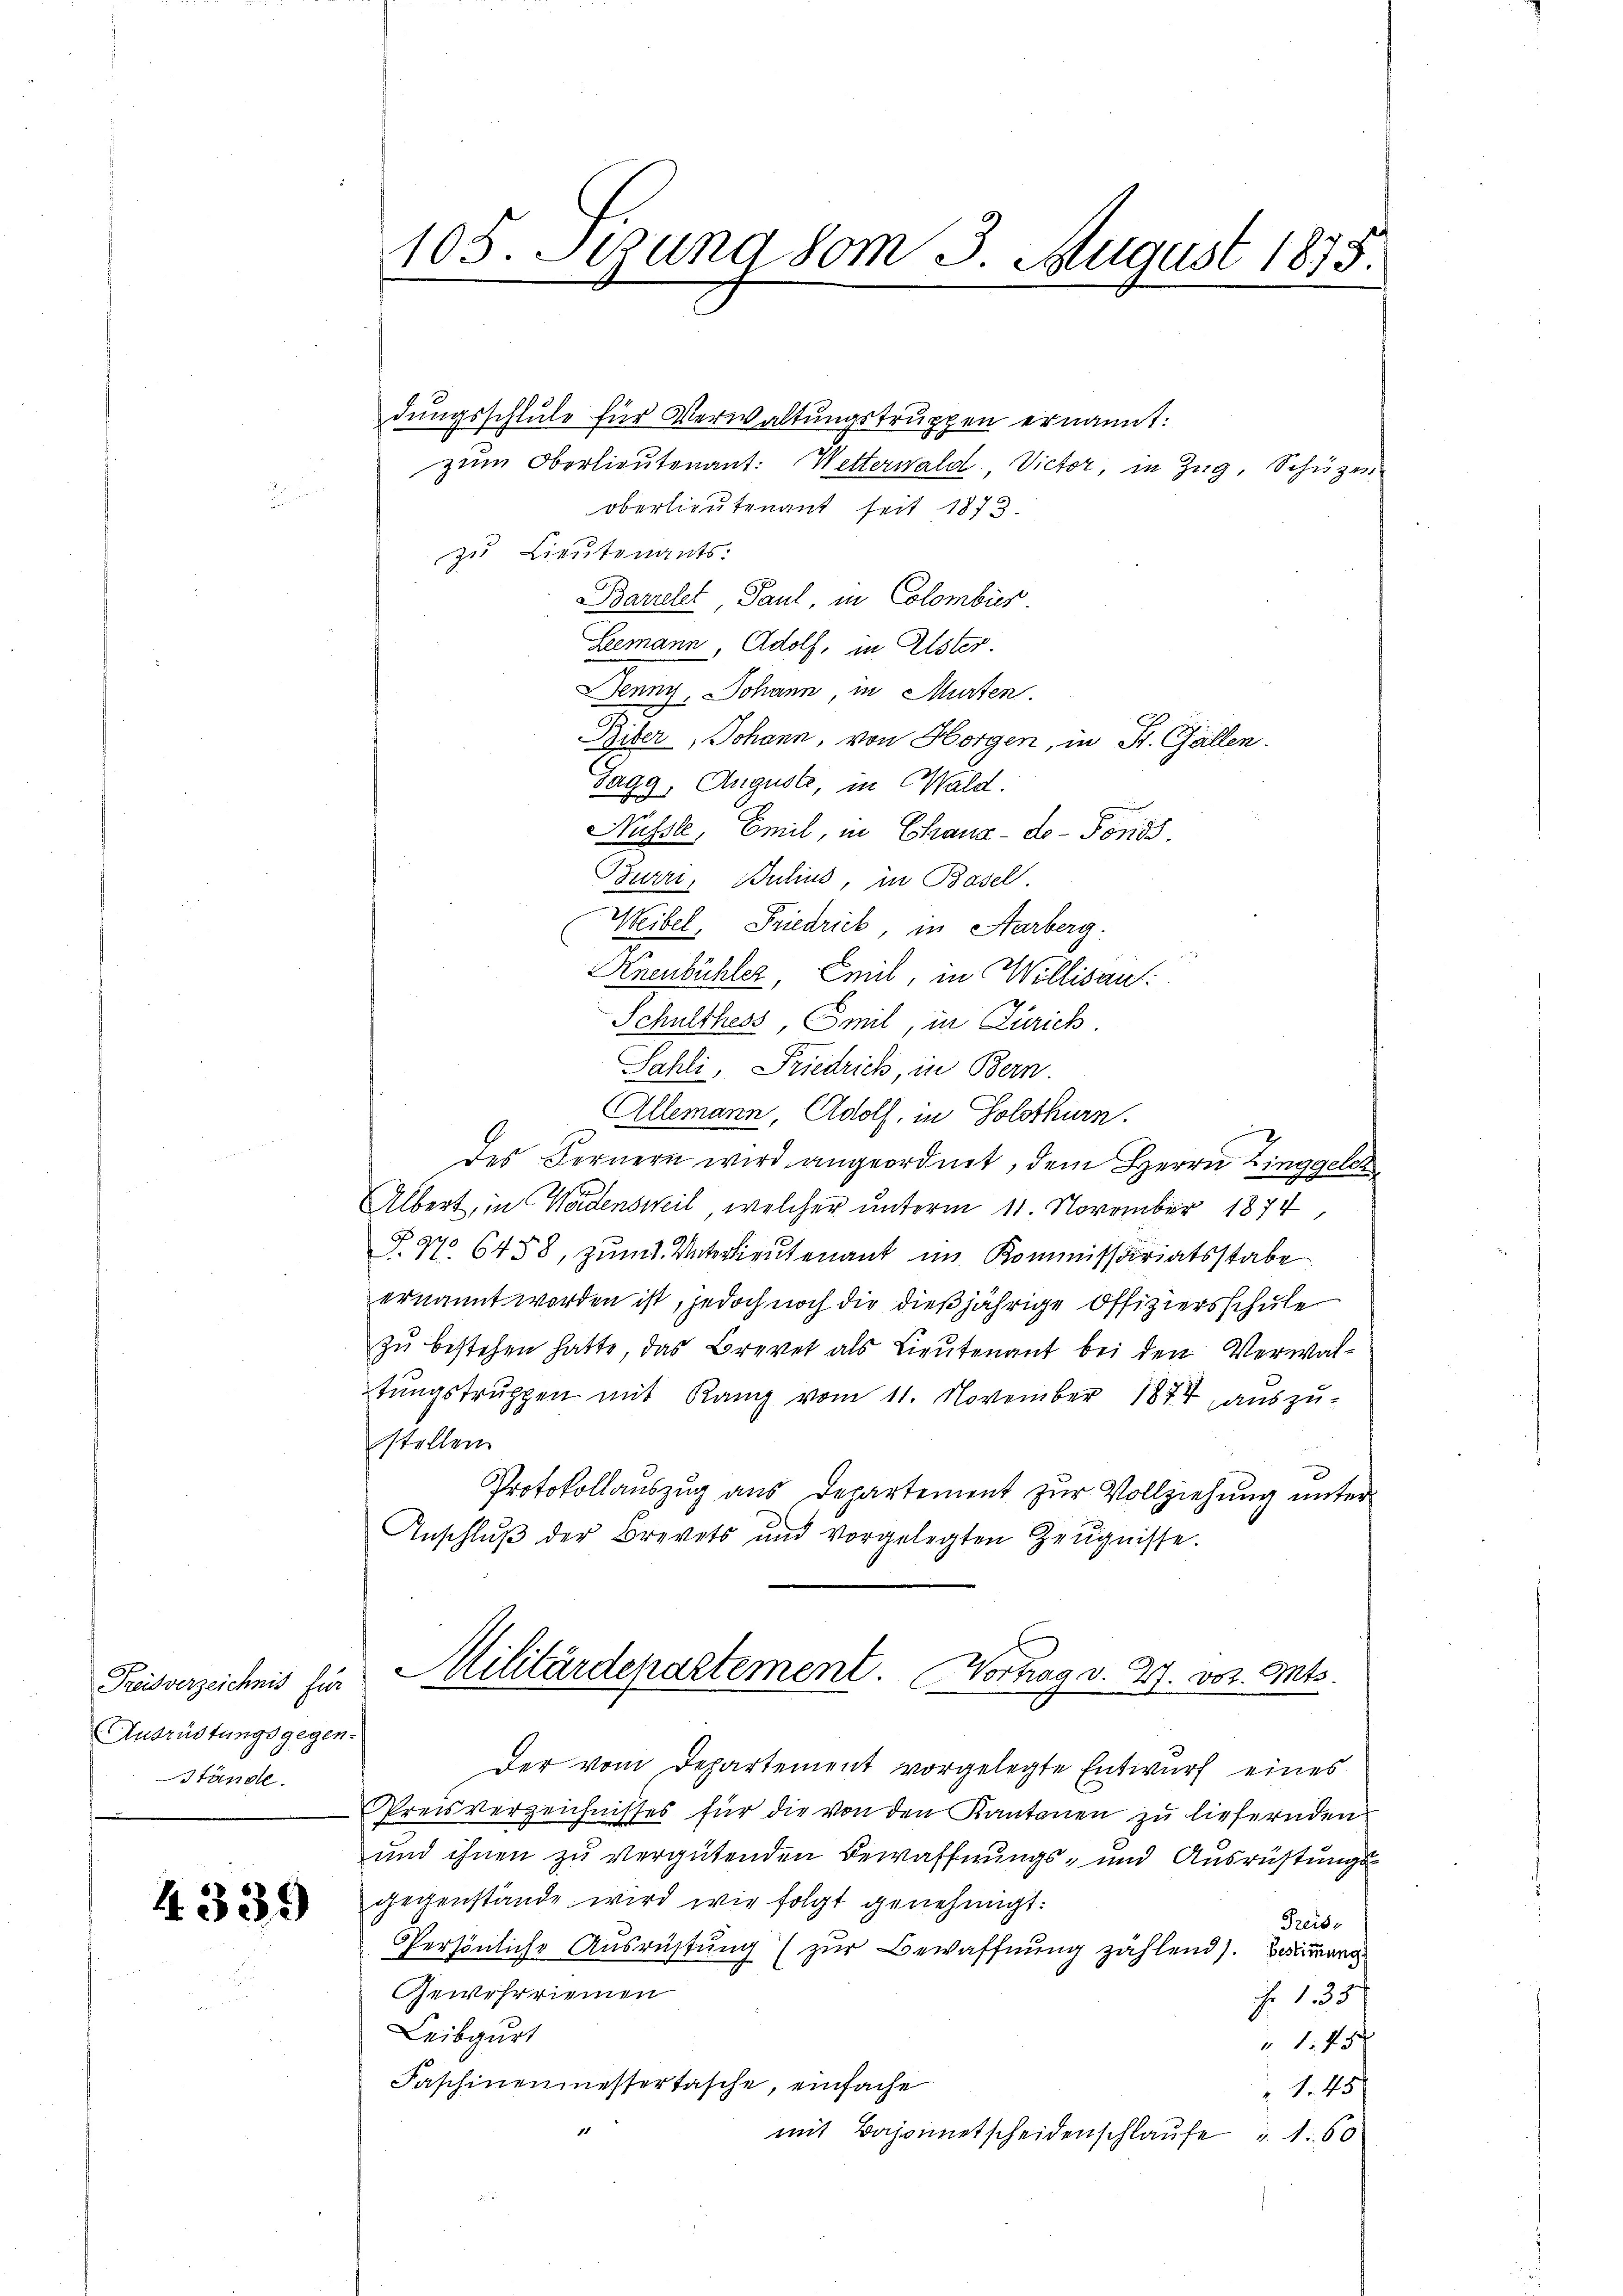
Ausrüstungsgegen-
Stände.

4.339

dungsschule für Verwaltungstruppen ernannt:
zum Oberlieutenant: Wetterwald, Victor, in Zug, Schüzen
oberlieutenant seit 1873.
zu Lieutenants.
Barrelet Paul, in Colombies.
Leemann, Adolf, in Elster.
Denny, Johann, in Murten.
Biber, Johann, von Horgen, in St. Gallen.
Tagg, Auguste, in Wald.
Müsste, Emil, in Chaux-de-Fonds.
Burri, Bulius, in Basel.
Weibel, Friedrich in Aarberg.
Knenbühler, Emil, in Willisau:
Schulthess, Emil, in Zürich.
Sahli, Friedrich, in Bern.
Allemann, Adolf, in Solothurn.
des Fernern wird angeordnet, dem Herrn Zinggeleh
Albert, in Wädensweil, welcher unterm 11. November 1874,
P. 97. 6458, zum Unterlieutenant im Kommissariatsstabe
ernannt worden ist, jedoch noch die dießjährige Offiziersschule
zŭ bestehen hatte, das Brevet als Lieŭtenant bei den Verwaltŭngstruppen mit Ramp vom 11. November 1874, auszu-
stellen
Protokollauszug aus Departement zur Vollziehung unter¬
Anschluß der Brevets und vorgelegten Zeugnisse.
Kreisverzeichnis für Militärdepartement. Vortrag v. 27. vor. Mts.
Der vom Departement vorgelegte Entwurf eines
Preisverzeichnisses für die von den Kantonen zu liefernden
und ihnen zu vergütenden Bewaffnungs- und Ausrüstungsgegenstände wird wie folgt genehmigt:
Preise
Persönliche Ausrüstung (zur Bewaffnung zählend). Beimer
Gewehrriemen
Fr. 135.
Leibgurt
 1. 45
Faschinenmessertasche, einfache
 1. 451
11
mit Bazainetscheidenschlaufe u. 150

105. Stund vom 3. August 1875.
|